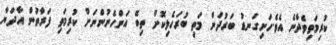
ކުރިމަތިވެދާނެ އެވެ.ހަށިގަނޑު ބަރުދަން މަތި ބުރަހެލިކޮށް ތިބޭ އަންހެނުންނަށް ކުރިމަތި ފަރާތުން އާދަޔާ